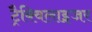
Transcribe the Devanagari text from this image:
ट्रैक्विलाइजर